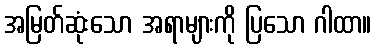
အမြတ်ဆုံးသော အရာများကို ပြသော ဂါထာ။